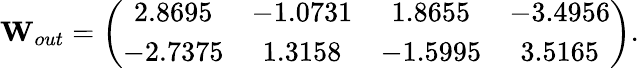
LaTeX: \mathbf{W}_{out}=\left(\begin{array}{cccc}{2.8695}&{-1.0731}&{1.8655}&{-3.4956}\\ {-2.7375}&{1.3158}&{-1.5995}&{3.5165}\end{array}\right).